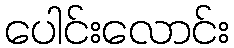
ပေါင်းလောင်း